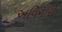
અવિચારી